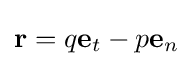
\mathbf {r} =q\mathbf {e} _{t}-p\mathbf {e} _{n}